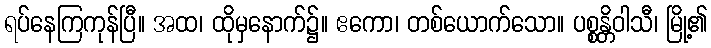
ရပ်နေကြကုန်ပြီ။ အထ၊ ထိုမှနောက်၌။ ဧကော၊ တစ်ယောက်သော။ ပစ္စန္တိဝါသီ၊ မြို့၏